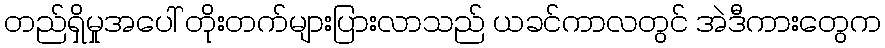
တည်ရှိမှုအပေါ် တိုးတက်များပြားလာသည် ယခင်ကာလတွင် အဲဒီကားတွေက